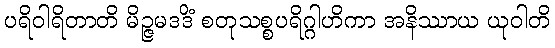
ပရိဝါရိတာတိ မိဉ္ဇမဒဒိံ စတုသစ္စပရိဂ္ဂါဟိကာ အနိဿာယ ယုဝါတိ